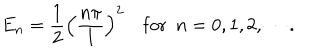
E _ { n } = \frac { 1 } { 2 } \left( \frac { n \pi } { l } \right) ^ { 2 } \quad \mathrm { f o r } ~ ~ n = 0 , 1 , 2 , \cdots .